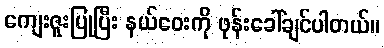
ကျေးဇူးပြုပြီး နယ်ဝေးကို ဖုန်းခေါ်ချင်ပါတယ်။